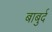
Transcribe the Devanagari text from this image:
बाबुर्द